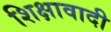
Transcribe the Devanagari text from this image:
शिक्षावादी